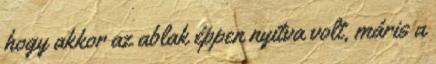
hogy akkor az ablak éppen nyitva volt, máris a